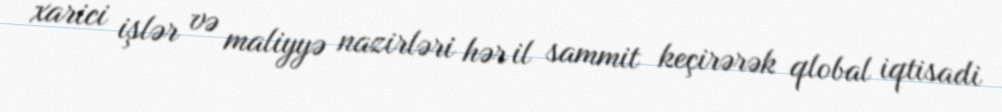
xarici işlər və maliyyə nazirləri hər il sammit keçirərək qlobal iqtisadi